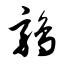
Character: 鹑